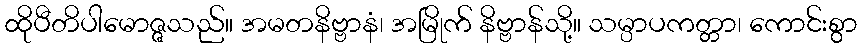
ထိုပီတိပါမောဇ္ဇသည်။ အမတနိဗ္ဗာနံ၊ အမြိုက် နိဗ္ဗာန်သို့။ သမ္ပာပကတ္တာ၊ ကောင်းစွာ